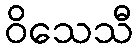
ဝိသေသီ